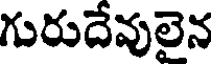
గురుదేవులైన